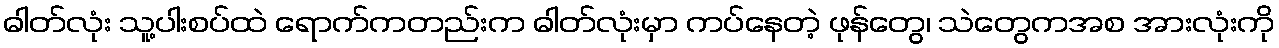
ဓါတ်လုံး သူ့ပါးစပ်ထဲ ရောက်ကတည်းက ဓါတ်လုံးမှာ ကပ်နေတဲ့ ဖုန်တွေ၊ သဲတွေကအစ အားလုံးကို